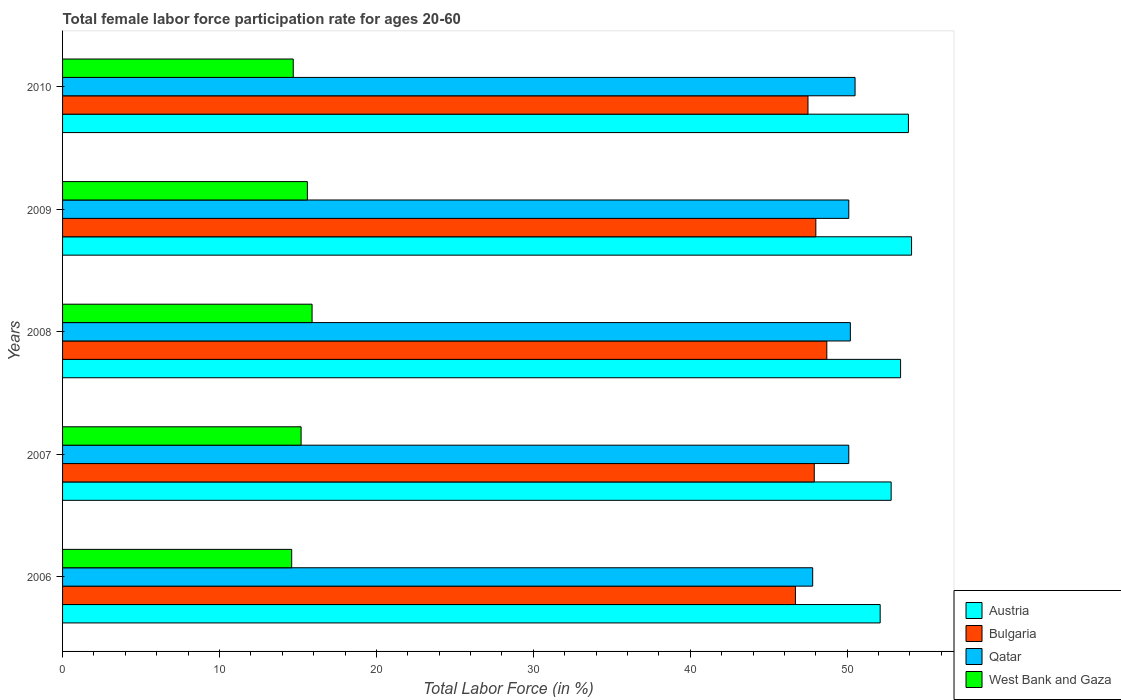
| Years | Austria | Bulgaria | Qatar | West Bank and Gaza |
 | --- | --- | --- | --- | --- |
 | 2006 | 52.1 | 46.7 | 47.8 | 14.6 |
 | 2007 | 52.8 | 47.9 | 50.1 | 15.2 |
 | 2008 | 53.4 | 48.7 | 50.2 | 15.9 |
 | 2009 | 54.1 | 48 | 50.1 | 15.6 |
 | 2010 | 53.9 | 47.5 | 50.5 | 14.7 |